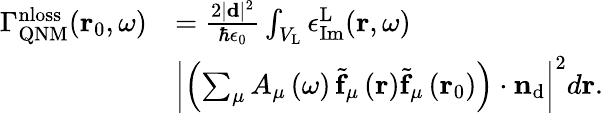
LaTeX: \begin{array}{rl}{\Gamma_{\mathrm{QNM}}^{\mathrm{nloss}}(\mathbf{r}_{0},\omega)}&{=\frac{2|\mathbf{d}|^{2}}{\hbar\epsilon_{0}}\int_{V_{\mathrm{L}}}\epsilon_{\mathrm{Im}}^{\mathrm{L}}(\mathbf{r},\omega)}\\ &{\left|\left(\sum_{\mu}A_{\mu}\left(\omega\right)\, \tilde{\mathbf{f}}_{\mu}\left({\mathbf r}\right)\tilde{\mathbf{f}}_{\mu}\left({\mathbf r}_{0}\right)\right)\cdot\mathbf{n}_{\mathrm{d}}\right|^{2}d\mathbf{r}.}\end{array}